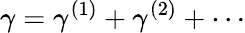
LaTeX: \gamma=\gamma^{(1)}+\gamma^{(2)}+\cdots